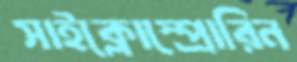
সাইক্লোস্প্রোরিন